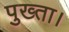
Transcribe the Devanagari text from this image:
पुख्ता।